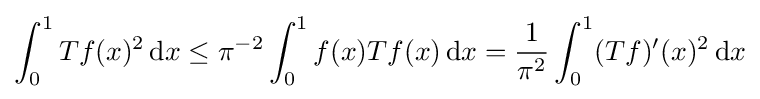
\int _{0}^{1}Tf(x)^{2}\,\mathrm {d} x\leq \pi ^{-2}\int _{0}^{1}f(x)Tf(x)\,\mathrm {d} x={\frac {1}{\pi ^{2}}}\int _{0}^{1}(Tf)'(x)^{2}\,\mathrm {d} x